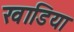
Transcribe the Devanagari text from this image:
खाडिया